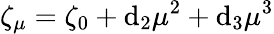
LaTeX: \zeta_{\mu}=\zeta_{0}+\mathrm{d}_{2}\mu^{2}+\mathrm{d}_{3}\mu^{3}